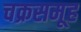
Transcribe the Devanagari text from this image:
चक्रसमूह